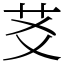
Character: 䒝